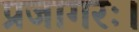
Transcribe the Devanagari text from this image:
प्रजागरः।